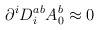
\begin{align*}\partial^iD_i^{ab}A_0^b\approx 0\end{align*}